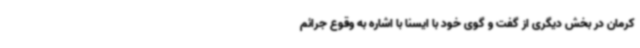
کرمان در بخش دیگری از گفت و گوی خود با ایسنا با اشاره به وقوع جرائم